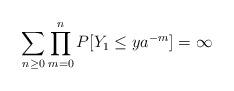
LaTeX: \begin{align*}\sum_{n\ge 0}\prod_{m=0}^nP[Y_1\le ya^{-m}]=\infty\end{align*}